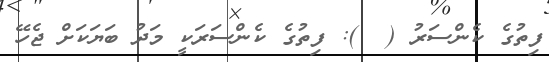
ފިތުގެ ކެންސަރު (  ): ފިތުގެ ކެންސަރަކީ މަދު ބަޔަކަށް ޖެހޭ